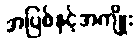
အပြစ်နှင့်အကျိုး